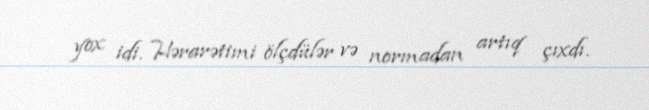
yox idi. Hərarətimi ölçdülər və normadan artıq çıxdı.